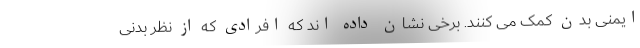
ایمنی بدن کمک می کنند. برخی نشان داده اند که افرادی که از نظر بدنی